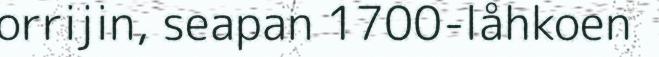
orrijin, seapan 1700-låhkoen